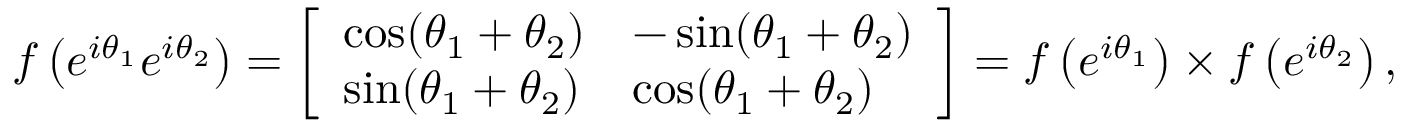
f \left( e ^ { i \theta _ { 1 } } e ^ { i \theta _ { 2 } } \right) = { \left[ \begin{array} { l l } { \cos ( \theta _ { 1 } + \theta _ { 2 } ) } & { - \sin ( \theta _ { 1 } + \theta _ { 2 } ) } \\ { \sin ( \theta _ { 1 } + \theta _ { 2 } ) } & { \cos ( \theta _ { 1 } + \theta _ { 2 } ) } \end{array} \right] } = f \left( e ^ { i \theta _ { 1 } } \right) \times f \left( e ^ { i \theta _ { 2 } } \right) ,